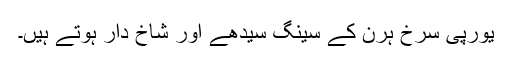
یورپی سرخ ہرن کے سینگ سیدھے اور شاخ دار ہوتے ہیں۔